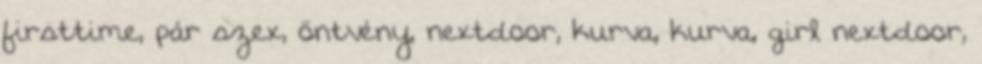
firsttime, pár szex, öntvény, nextdoor, kurva, kurva, girl nextdoor,